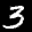
Label: 3